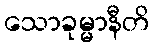
သောခုမ္မာနီတိ